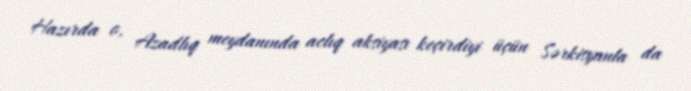
Hazırda o, Azadlıq meydanında aclıq aksiyası keçirdiyi üçün Sərkisyanla da